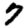
Digit: 7